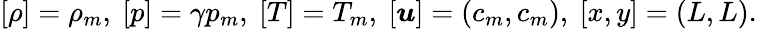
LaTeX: [\rho]=\rho_{m},~[p]=\gamma p_{m},~[T]=T_{m},~[\boldsymbol{u}]=(c_{m},c_{m}),~[x,y]=(L,L).